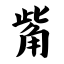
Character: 觜